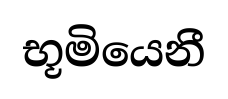
භූමියෙනී